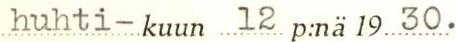
huhti- kuun  12 p:nä 19 30.